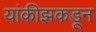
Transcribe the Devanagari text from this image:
यांकीझकडून